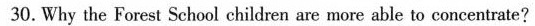
30.Why the Forest School children are more able to concentrate?